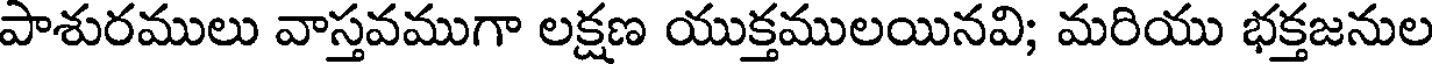
పాశురములు వాస్తవముగా లక్షణ యుక్తములయినవి; మరియు భక్తజనుల